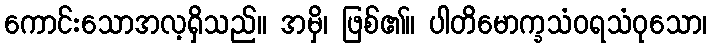
ကောင်းသောအလ့ရှိသည်။ အမှိ၊ ဖြစ်၏။ ပါတိမောက္ခသံဝရသံဝုသော၊